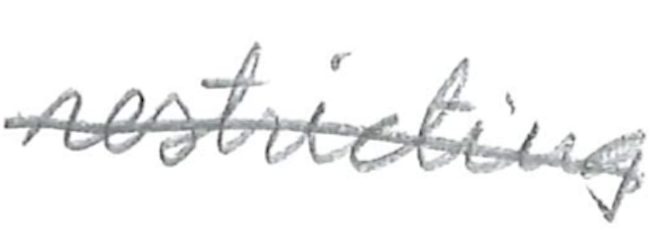
Text: restricting
Cross-out: single-line
Writing tool: pencil